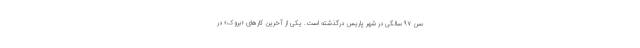
سن ۹۷ سالگی در شهر پاریس درگذشته است. یکی از آخرین کارهای «بروک» در